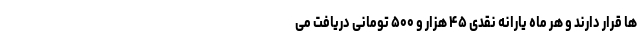
ها قرار دارند و هر ماه یارانه نقدی ۴۵ هزار و ۵۰۰ تومانی دریافت می